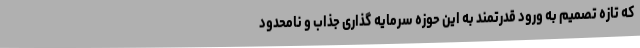
که تازه تصمیم به ورود قدرتمند به این حوزه سرمایه گذاری جذاب و نامحدود